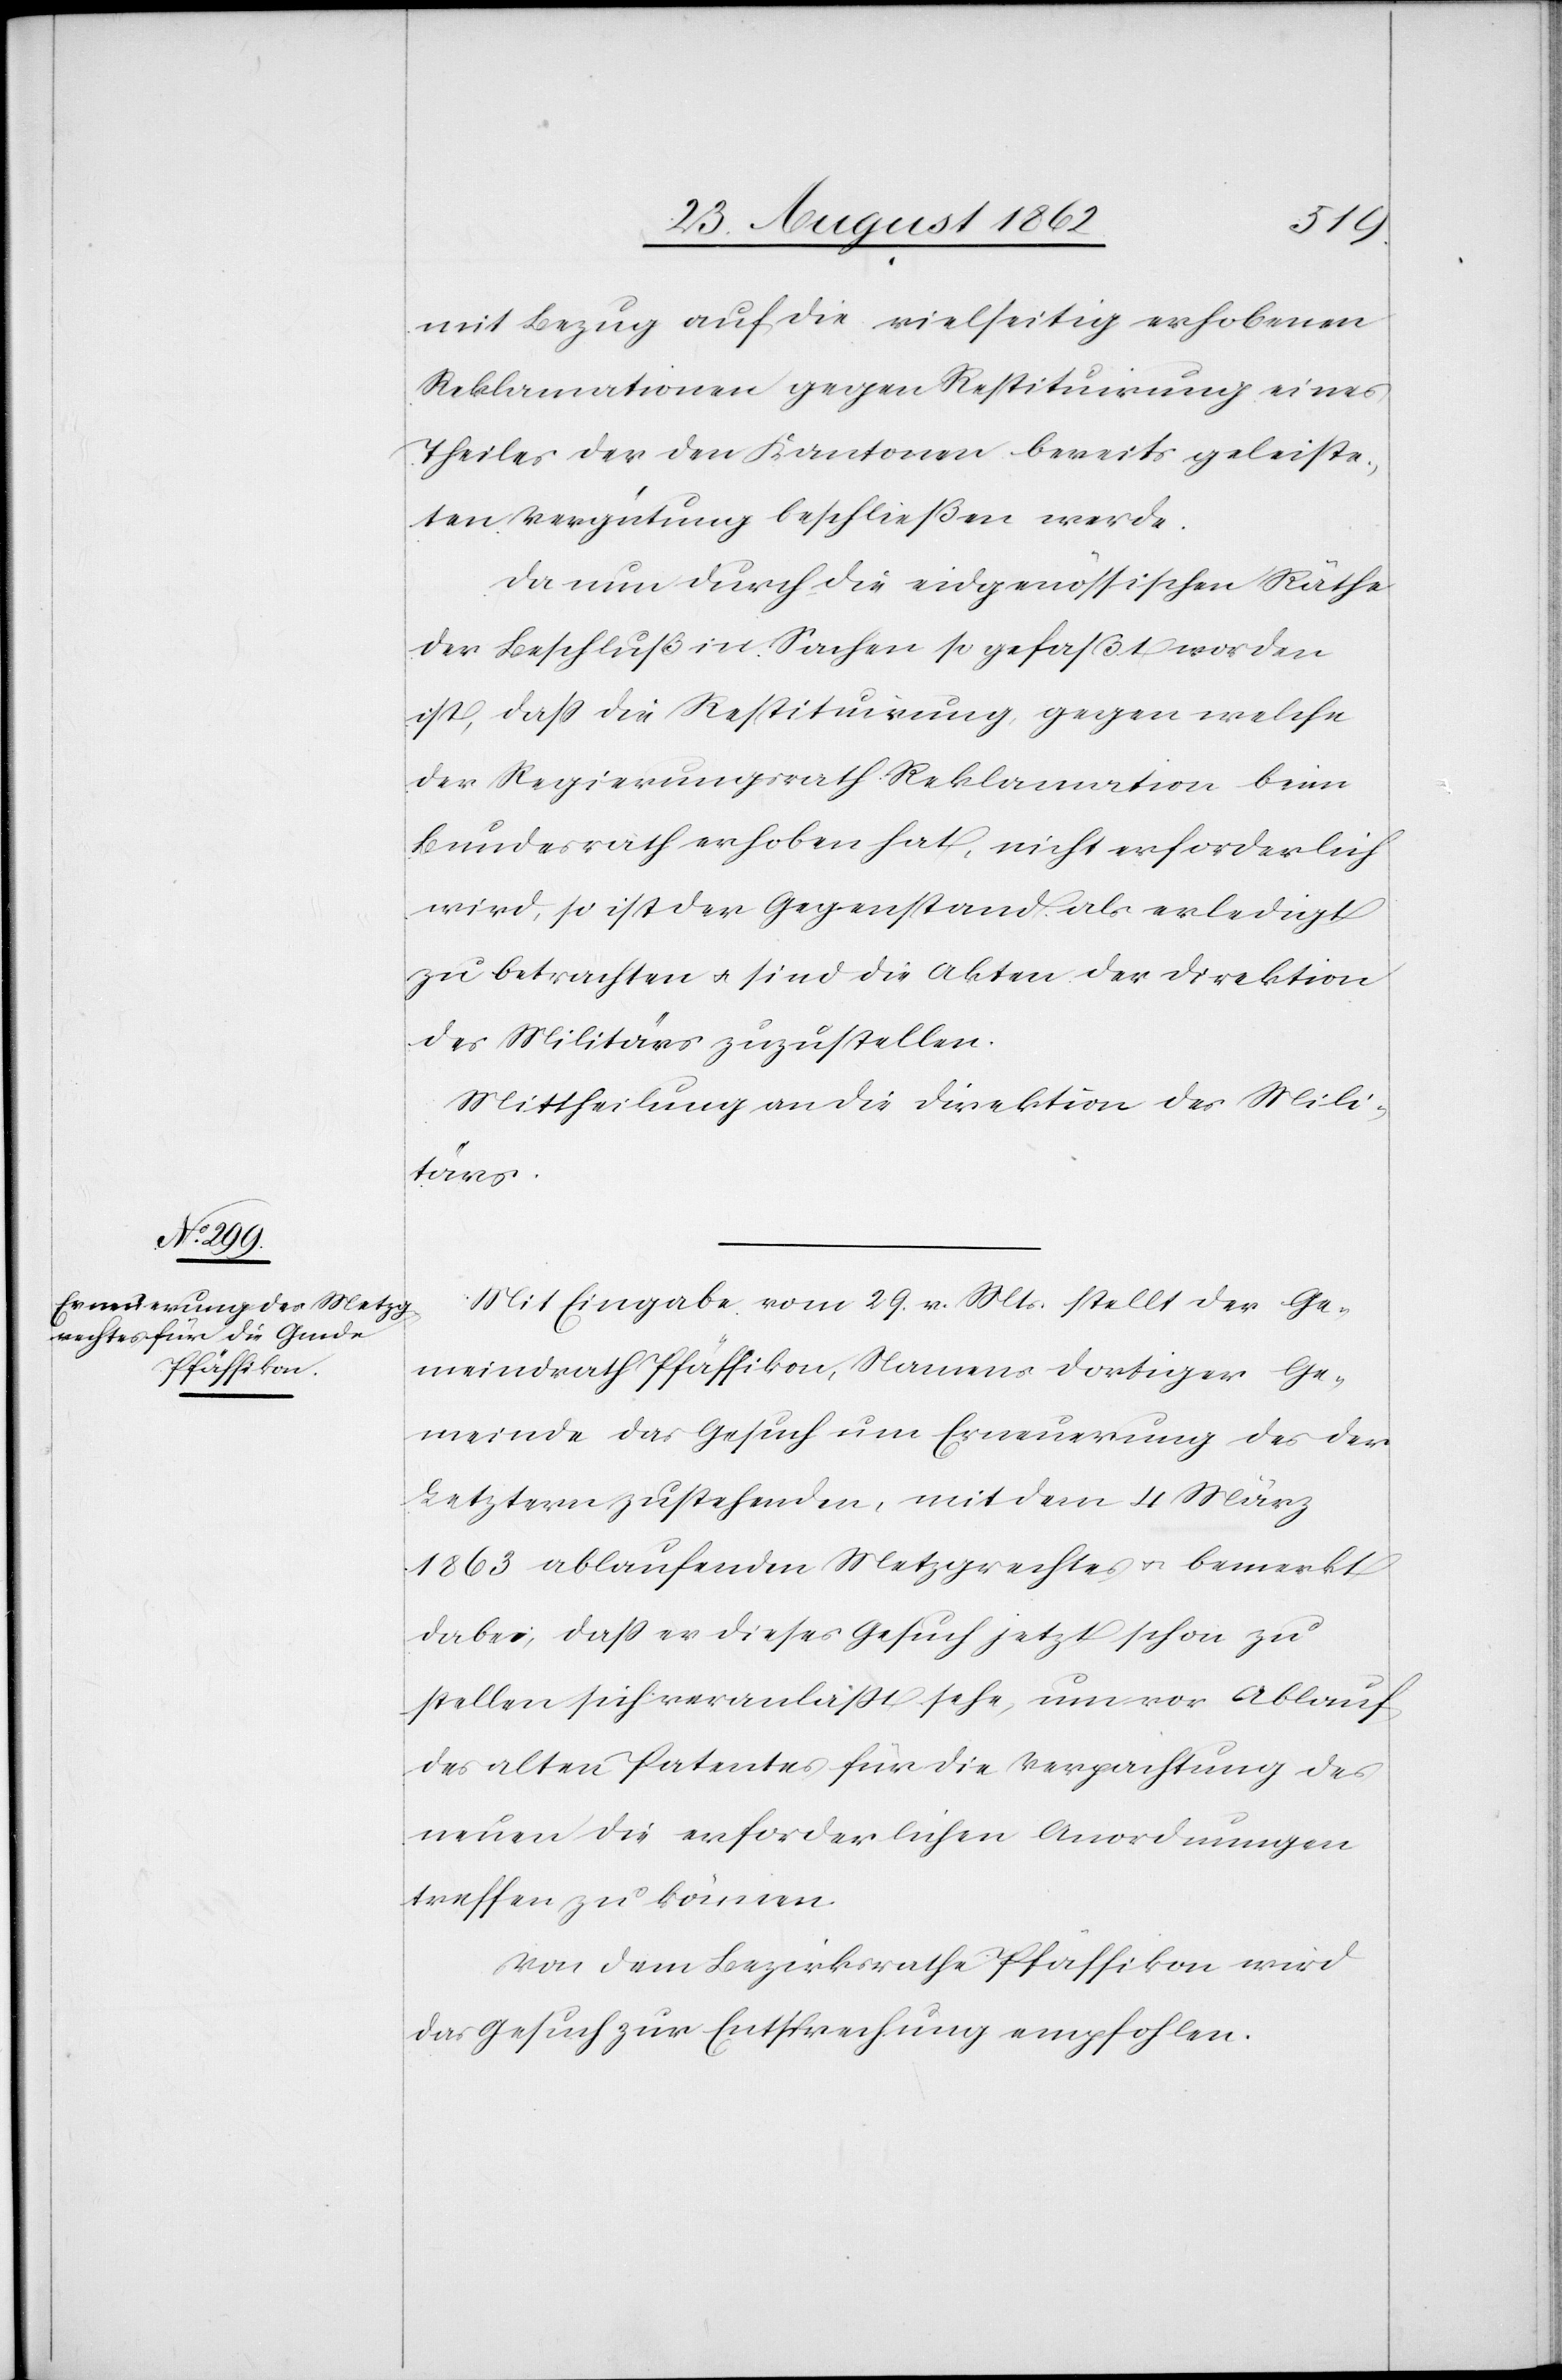
mit Bezug auf die vielseitig erhobenen
Reklamationen gegen Restituirung eines
Theiles der den Kantonen bereits geleiste¬
ten Vergütung beschließen werden.
Da nun durch die eidgenößischen Räthe
der Beschluß in Sachen so gefaßt worden
ist, daß die Restiturirung, gegen welche
der Regierungsrath Reklamation beim
Bundesrath erhoben hat, nicht erforderlich
wird, so ist der Gegenstand als erledigt
zu betrachten u. sind die Akten der Direktion
des Militärs zuzustellen.
Mittheilung an die Direktion des Mili¬
tärs.
Mit Eingabe vom 29. v. Mts. stellt der Ge¬
meindrath Pfäffikon, Namens dortiger Ge¬
meinde das Gesuch um Erneuerung des der
Letztern zustehenden, mit dem 4. März
1863 ablaufenden Metzgrechtes u. bemerkt
dabei, daß er dieses Gesuch jetzt schon zu
stellen sich veranlaßt sehe, um vor Ablauf
des alten Patentes für die Verpachtung des
neuen die erforderlichen Anordnungen
treffen zu können.
Von dem Bezirksrathe Pfäffikon wird
das Gesuch zur Entsprechung empfohlen.